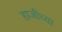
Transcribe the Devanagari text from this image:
हाजीच्या